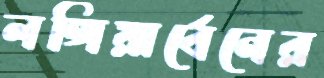
লঙ্গিয়ার্বেনের